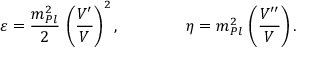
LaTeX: \varepsilon = { \frac { m _ { P l } ^ { 2 } } { 2 } } \, \left( { \frac { V ^ { \prime } } { V } } \right) ^ { 2 } , \qquad \qquad \eta = m _ { P l } ^ { 2 } \, \left( { \frac { V ^ { \prime \prime } } { V } } \right) .